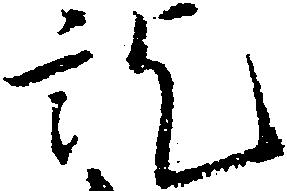
訖